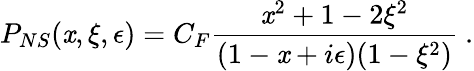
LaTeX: P_{NS}(\mathit{x},\xi,\epsilon)=C_{F}{\frac{{\mathit{x}^{2}+1-2\xi^{2}}}{{(1-\mathit{x}+i\epsilon)(1-\xi^{2})}}}\ .